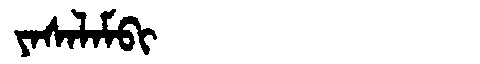
Manchu: ᠶᠠᠰᠠᠯᠠᠮᠪᡳ
Romanization: YASALAMBI